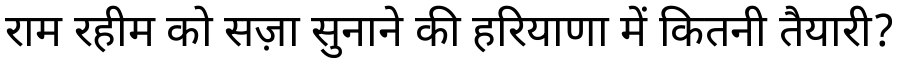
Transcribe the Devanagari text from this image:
राम रहीम को सज़ा सुनाने की हरियाणा में कितनी तैयारी?